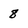
Character: 8